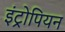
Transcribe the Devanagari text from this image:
इंट्रोपियन